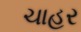
ચાહર